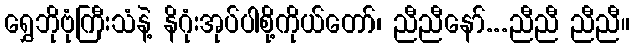
ရွှေဘိုဗုံကြီးသံနဲ့ နိဂုံးအုပ်ပါစို့ကိုယ်တော်၊ ညီညီနော်...ညီညီ ညီညီ။